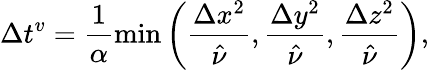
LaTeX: \Delta t^{v}=\frac{1}{\alpha}\operatorname*{min}\left(\frac{\Delta x^{2}}{\hat{\nu}},\frac{\Delta y^{2}}{\hat{\nu}},\frac{\Delta z^{2}}{\hat{\nu}}\right),